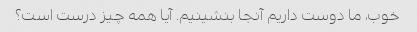
خوب، ما دوست داریم آنجا بنشینیم. آیا همه چیز درست است؟